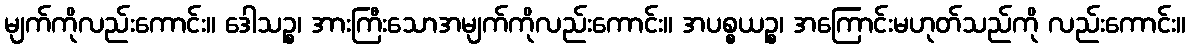
မျက်ကိုလည်းကောင်း။ ဒေါသဉ္စ၊ အားကြီးသောအမျက်ကိုလည်းကောင်း။ အပစ္စယဉ္စ၊ အကြောင်းမဟုတ်သည်ကို လည်းကောင်း။